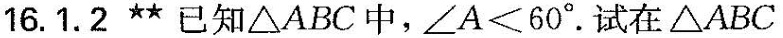
16.1.2**已知△ABC中，∠A＜60°。试在△ABC